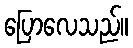
ပြောလေသည်။